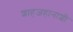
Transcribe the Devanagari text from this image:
शाहजहानाशी